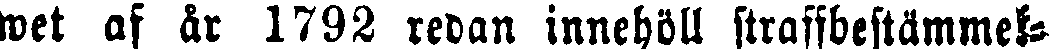
wet af år 1792 redan innehöll straffbestämmel-